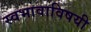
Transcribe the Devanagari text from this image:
स्वभावाविषयी